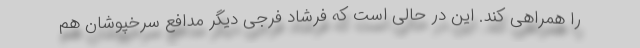
را همراهی کند. این در حالی است که فرشاد فرجی دیگر مدافع سرخپوشان هم